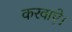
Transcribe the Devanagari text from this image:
करवाऐ।